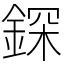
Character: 𨨥